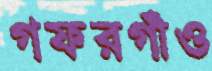
গফরগাঁও